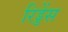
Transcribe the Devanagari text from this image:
रिड्डेंस